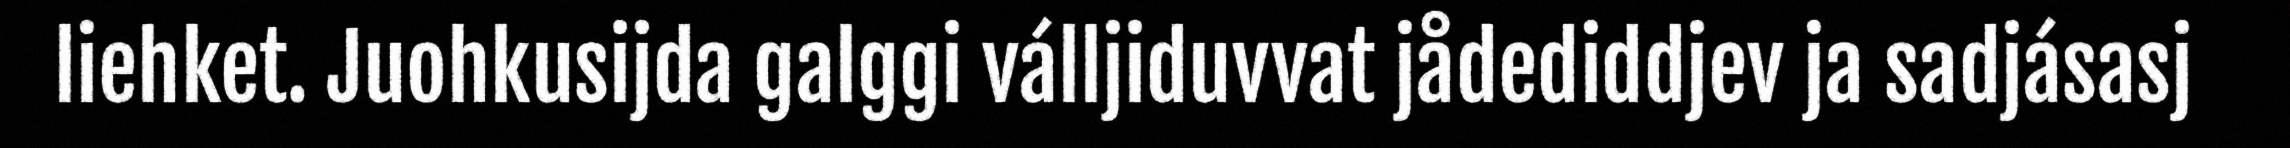
liehket. Juohkusijda galggi válljiduvvat jådediddjev ja sadjásasj